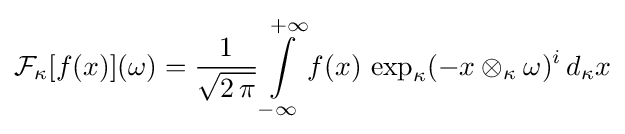
{\cal {F}}_{\kappa }[f(x)](\omega )={1 \over {\sqrt {2\,\pi }}}\int \limits _{-\infty }\limits ^{+\infty }f(x)\,\exp _{\kappa }(-x\otimes _{\kappa }\omega )^{i}\,d_{\kappa }x